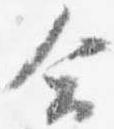
合